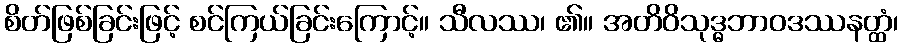
စိတ်ဖြစ်ခြင်းဖြင့် စင်ကြယ်ခြင်းကြောင့်။ သီလဿ၊ ၏။ အတိဝိသုဒ္ဓဘာဝဒဿနတ္ထံ၊